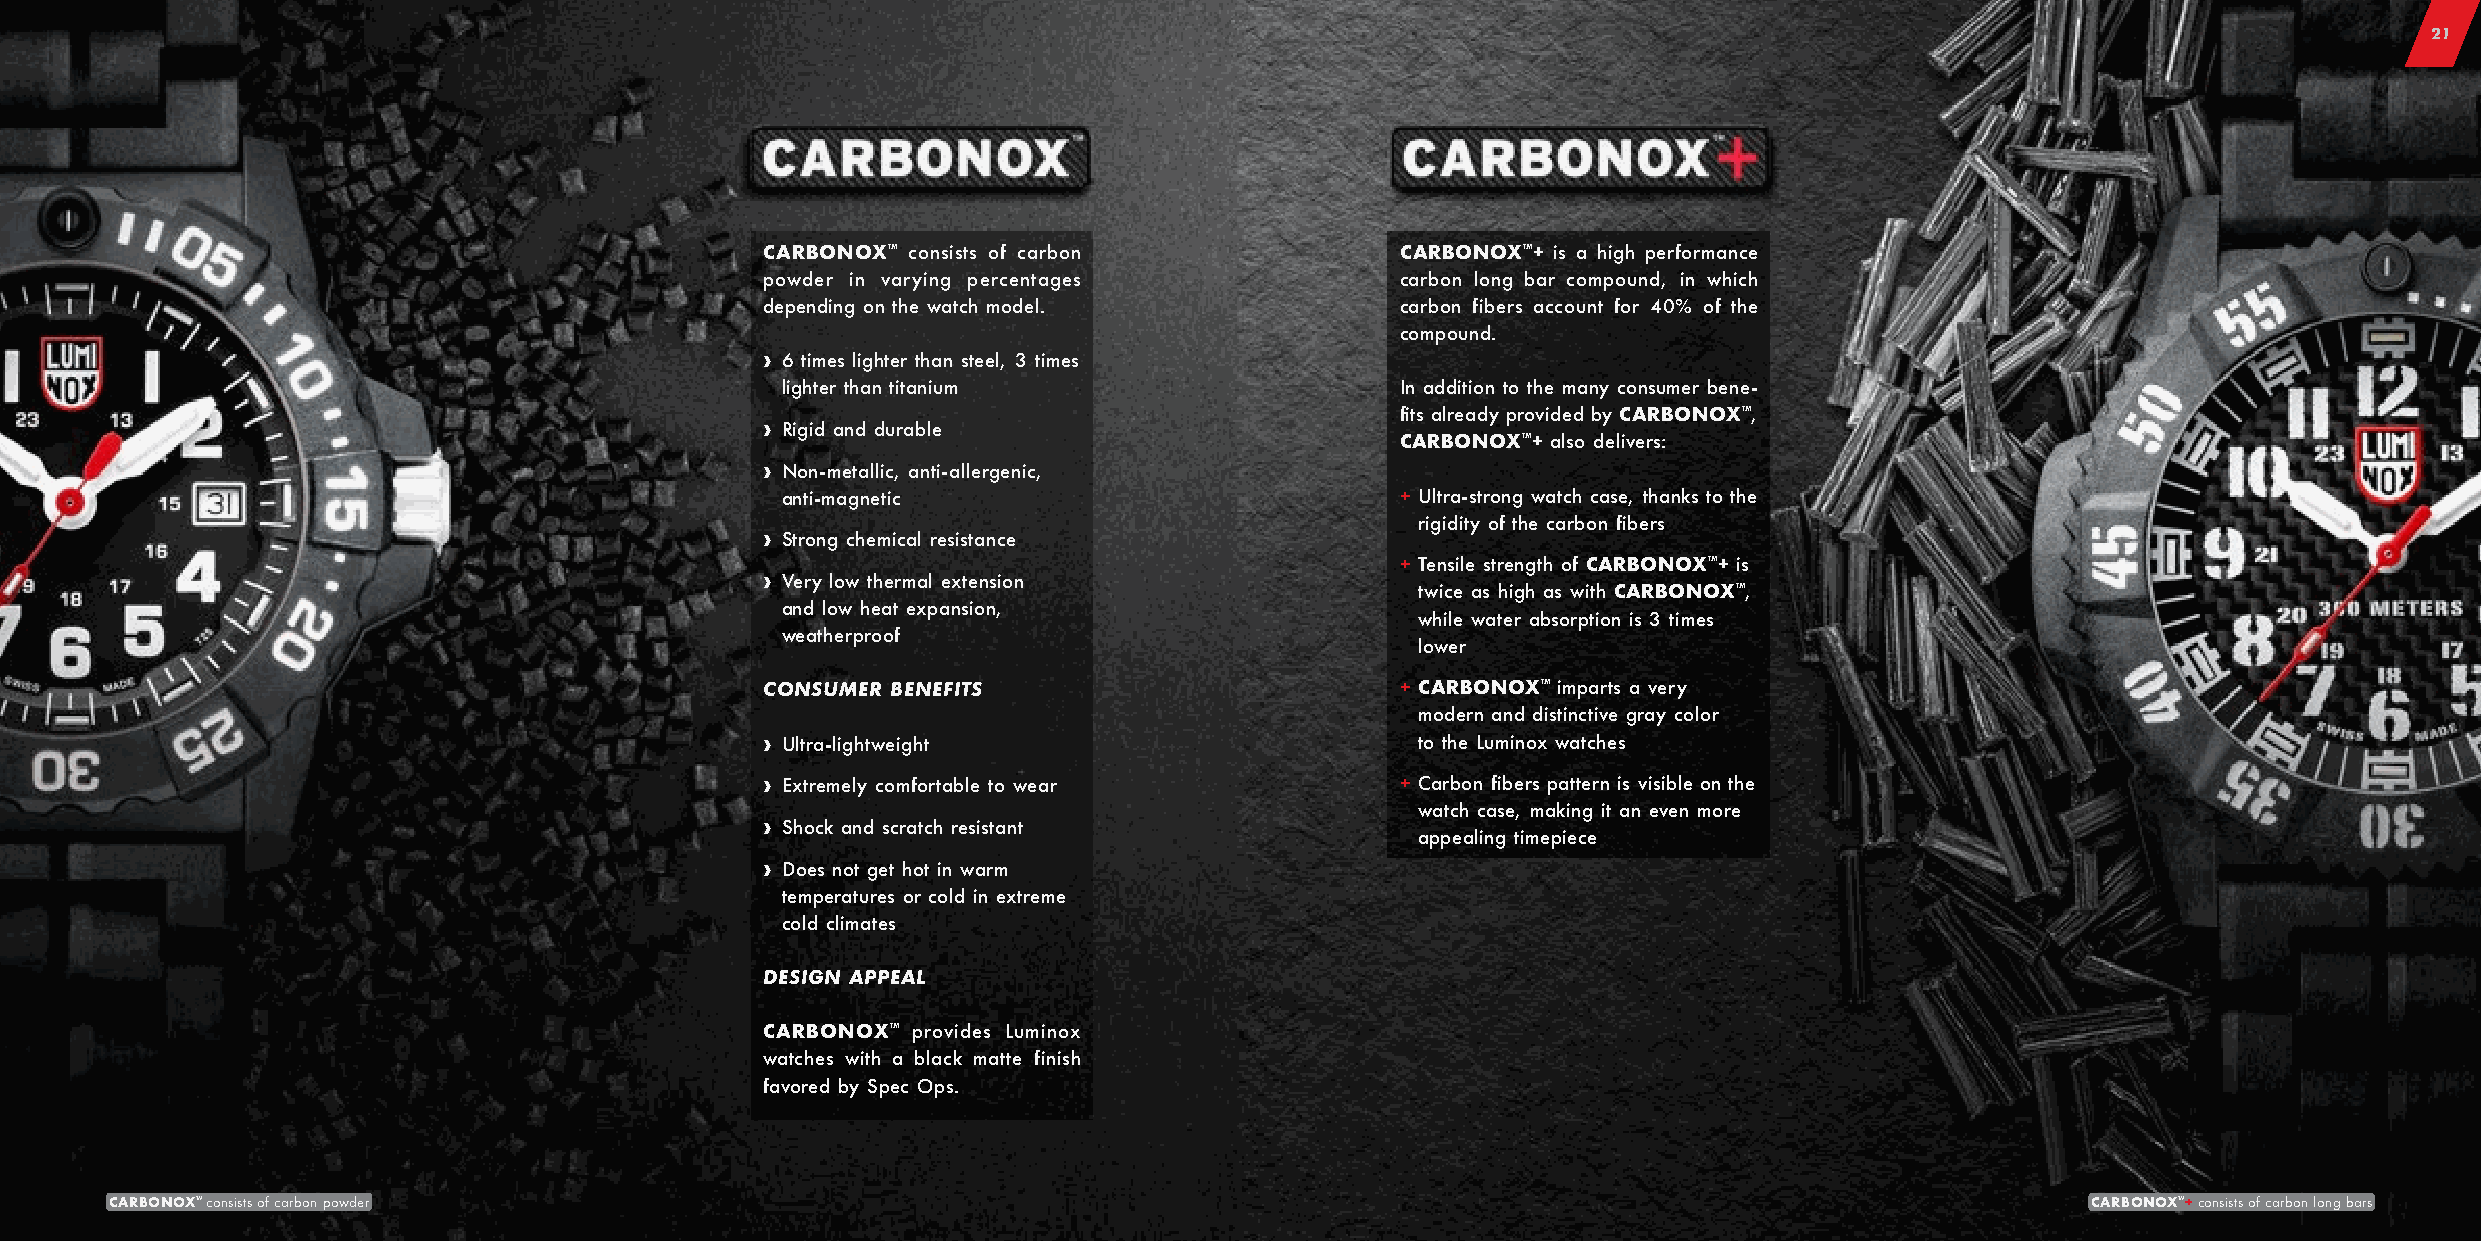
21
 CARBONOX™ consists of carbon              CARBONOX™+ is a high performance
 powder in varying percentages             carbon long bar compound, in which
 depending on the watch model.             carbon fibers account for 40% of the
 compound.
 › 6 times lighter than steel, 3 times
 lighter than titanium                    In addition to the many consumer bene-
 fits already provided by CARBONOX™,
 › Rigid and durable
 CARBONOX™+ also delivers:
 › Non-metallic, anti-allergenic,
 anti-magnetic                            + Ultra-strong watch case, thanks to the
 rigidity of the carbon fibers
 › Strong chemical resistance
 + Tensile strength of CARBONOX™+ is
 › Very low thermal extension
 twice as high as with CARBONOX™,
 and low heat expansion,
 while water absorption is 3 times
 weatherproof
 lower
 CONSUMER BENEFITS                         + CARBONOX™ imparts a very
 modern and distinctive gray color
 › Ultra-lightweight                        to the Luminox watches
 › Extremely comfortable to wear           + Carbon fibers pattern is visible on the
 watch case, making it an even more
 › Shock and scratch resistant
 appealing timepiece
 › Does not get hot in warm
 temperatures or cold in extreme
 cold climates
 DESIGN APPEAL
 CARBONOX™ provides Luminox
 watches with a black matte finish
 favored by Spec Ops.
 CARBONOX™ consists of carbon powder                                                                                                CARBONOX™+ consists of carbon long bars